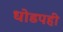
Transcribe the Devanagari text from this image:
धोडपही